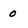
Character: 0